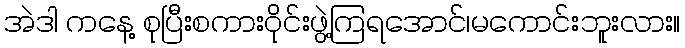
အဲဒါ ကနေ့ စုပြီးစကားဝိုင်းဖွဲ့ကြရအောင်၊မကောင်းဘူးလား။